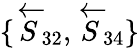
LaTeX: \{ \overleftarrow{S}\! _{32},\overleftarrow{S}\! _{34}\}